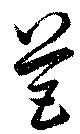
芭